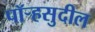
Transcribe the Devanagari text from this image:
पॉर्‍हसुदील